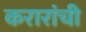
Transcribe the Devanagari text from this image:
करारांची